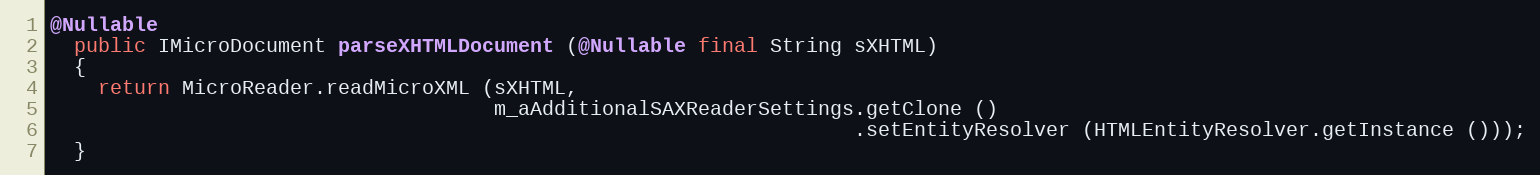
Language: Java
@Nullable
  public IMicroDocument parseXHTMLDocument (@Nullable final String sXHTML)
  {
    return MicroReader.readMicroXML (sXHTML,
                                     m_aAdditionalSAXReaderSettings.getClone ()
                                                                   .setEntityResolver (HTMLEntityResolver.getInstance ()));
  }